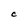
Character: C